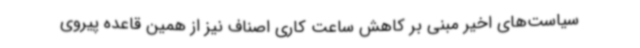
سیاست‌های اخیر مبنی بر کاهش ساعت کاری اصناف نیز از همین قاعده پیروی